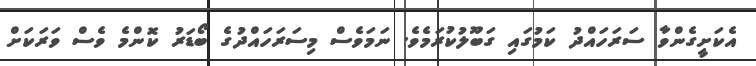
އެކަށީގެންވާ ސަރަހައްދު ކަމުގައި ގަބޫލުކުރަމެވެ. ނަމަވެސް މިސަރަހައްދުގެ ބޯޑަރު ކޮންމެ ވެސް ވަރަކަށް